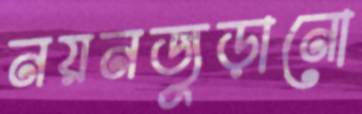
নয়নজুড়ানো